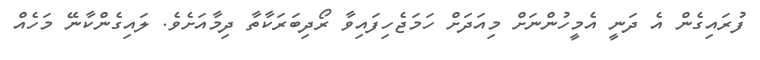
ފުރައިގެން އެ ދަނީ އެމީހުންނަށް މިއަދަށް ހަމަޖެހިފައިވާ ރޯދިބަރަކާތާ ދިމާއަށެވެ. ލައިގެންކާނޭ މަހެއް